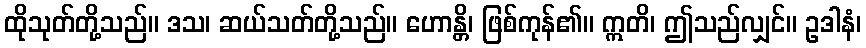
ထိုသုတ်တို့သည်။ ဒသ၊ ဆယ်သတ်တို့သည်။ ဟောန္တိ၊ ဖြစ်ကုန်၏။ ဣတိ၊ ဤသည်လျှင်။ ဥဒါနံ၊